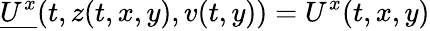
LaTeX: \underline{{U^{x}}}(t,z(t,x,y),v(t,y))=U^{x}(t,x,y)